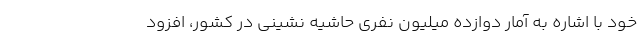
خود با اشاره به آمار دوازده میلیون نفری حاشیه نشینی در کشور، افزود